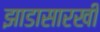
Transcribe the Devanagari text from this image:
झाडासारखी